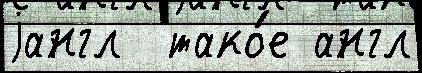
jангл  тако́е англ